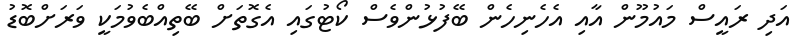
އަދި ރައީސް މައުމޫން އާއި އެހެނިހެން ބޭފުޅުންވެސް ކޯޓުގައި އެގޮތަށް ބޭތިއްބެވުމަކީ ވަރަށްބޮޑު